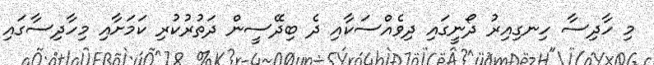
މި ހާދިސާ ހިނގިއިރު ދޯނީގައި ދިވެއްސަކާއި ދެ ބިދޭސީން ދަތުރުކުރި ކަމަށާއި މިހާދިސާގައި